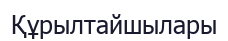
Құрылтайшылары